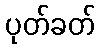
ပုတ်ခတ်